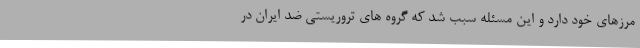
مرزهای خود دارد و این مسئله سبب شد که گروه های تروریستی ضد ایران در